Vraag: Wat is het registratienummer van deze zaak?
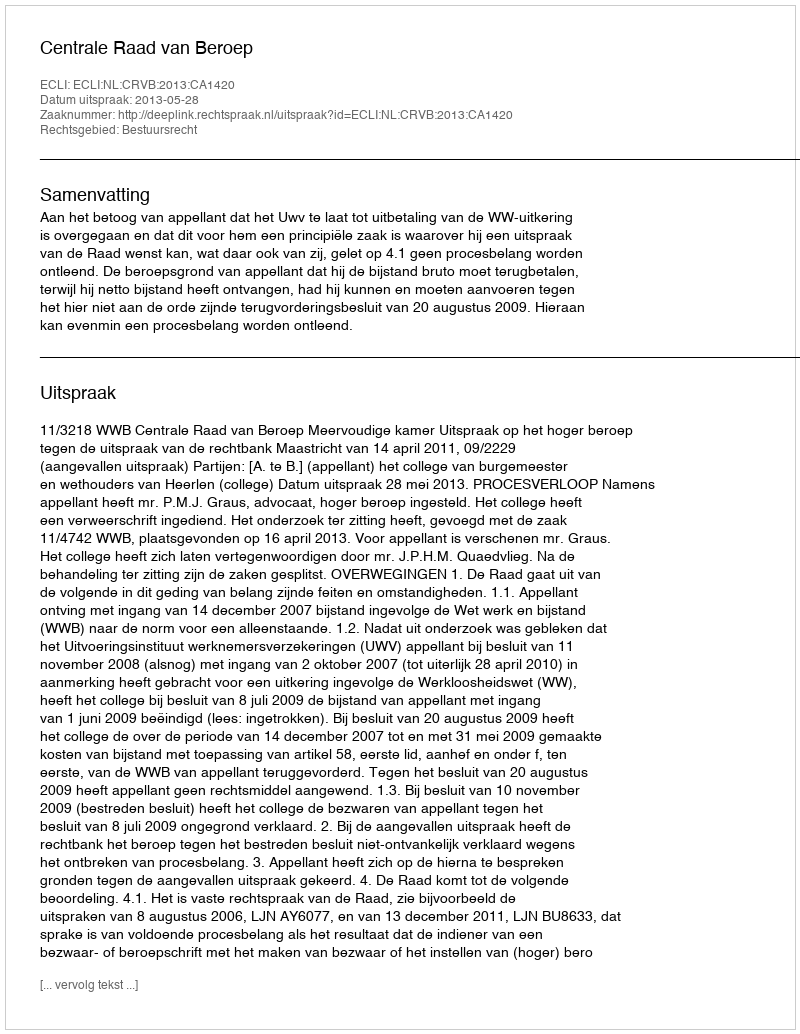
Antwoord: http://deeplink.rechtspraak.nl/uitspraak?id=ECLI:NL:CRVB:2013:CA1420